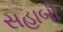
સહાબી